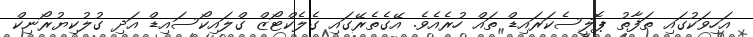
އަހިވަކުގައި ތަފާތު ޕޮލީސެކަރައިޑް ތައް ހުރެއެވެ. އޭގެތެރޭގައި ގެލެކްޓޯޒް ގްލައިކޯސައިޑް އަދި ގުލުކިޔުރޯނިކް